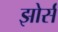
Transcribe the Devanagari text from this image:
झोर्स